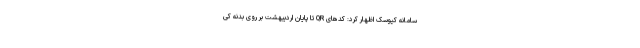
سامانه کیوسک اظهار کرد: کدهای QR تا پایان اردیبهشت بر روی بدنه کی